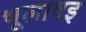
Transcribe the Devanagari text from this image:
भूलावइ